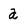
Character: a